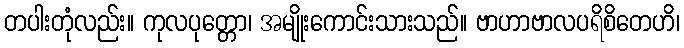
တပါးတုံလည်း။ ကုလပုတ္တော၊ အမျိုးကောင်းသားသည်။ ဗာဟာဗာလပရိစိတေဟိ၊